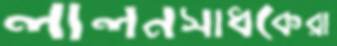
লালনসাধকেরা